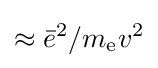
\approx {\bar {e}}^{2}/m_{\text{e}}v^{2}